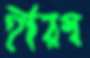
হীরম্ব